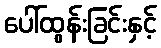
ပေါ်ထွန်းခြင်းနှင့်